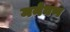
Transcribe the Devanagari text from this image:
मनेवण